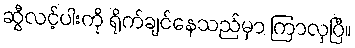
ဆွီလင့်ပါးကို ရိုက်ချင်နေသည်မှာ ကြာလှပြီ။